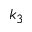
k _ { 3 }